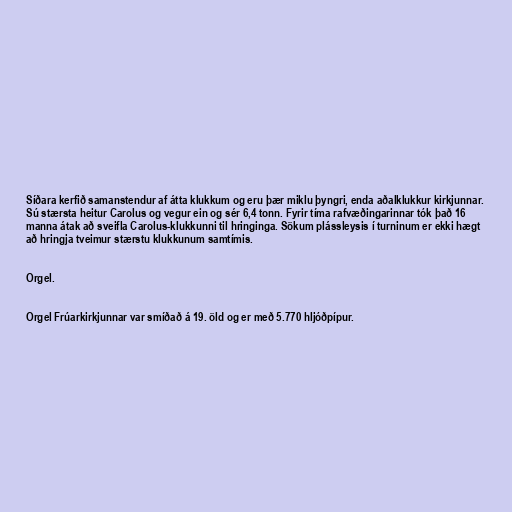
Síðara kerfið samanstendur af átta klukkum og eru þær miklu þyngri, enda aðalklukkur kirkjunnar.
Sú stærsta heitur Carolus og vegur ein og sér 6,4 tonn. Fyrir tíma rafvæðingarinnar tók það 16
manna átak að sveifla Carolus-klukkunni til hringinga. Sökum plássleysis í turninum er ekki hægt
að hringja tveimur stærstu klukkunum samtímis.

Orgel.

Orgel Frúarkirkjunnar var smíðað á 19. öld og er með 5.770 hljóðpípur.